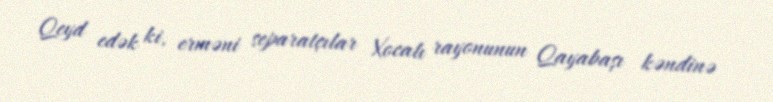
Qeyd edək ki, erməni separatçılar Xocalı rayonunun Qayabaşı kəndinə